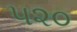
૫૨૦